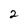
Character: 2